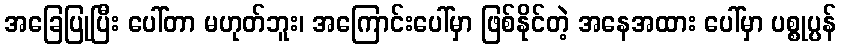
အခြေပြုပြီး ပေါ်တာ မဟုတ်ဘူး၊ အကြောင်းပေါ်မှာ ဖြစ်နိုင်တဲ့ အနေအထား ပေါ်မှာ ပစ္စုပ္ပန်